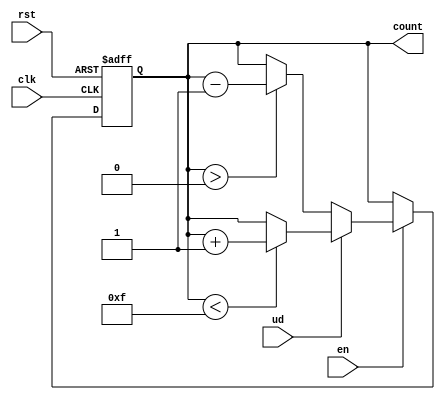
module up_down_counter (
    input wire clk,        // Clock signal
    input wire rst,        // Asynchronous reset signal
    input wire ud,         // Up/Down control signal (1 for up, 0 for down)
    input wire en,         // Enable signal
    output reg [3:0] count // 4-bit count output
);

    // Asynchronous reset and counting logic
    always @(posedge clk or posedge rst) begin
        if (rst) begin
            count <= 4'b0000; // Reset counter to 0
        end else if (en) begin
            if (ud) begin
                // Count up
                if (count < 4'b1111) begin
                    count <= count + 1'b1; // Increment count
                end
            end else begin
                // Count down
                if (count > 4'b0000) begin
                    count <= count - 1'b1; // Decrement count
                end
            end
        end
        // If enable is low, retain current count value
    end

endmodule